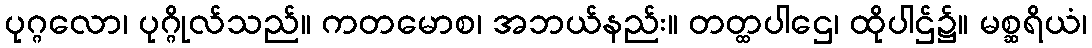
ပုဂ္ဂလော၊ ပုဂ္ဂိုလ်သည်။ ကတမောစ၊ အဘယ်နည်း။ တတ္ထပါဌေ၊ ထိုပါဌ်၌။ မစ္ဆရိယံ၊